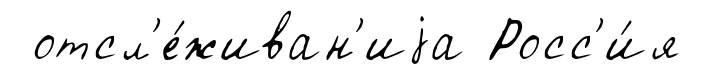
отсл'е́живан'иjа Росс'и́я